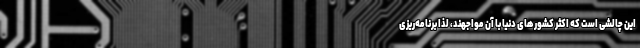
این چالشی است که اکثر کشورهای دنیا با آن مواجهند، لذا برنامه‌ریزی